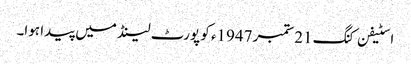
اسٹیفن کنگ 21ستمبر 1947ء کو پورٹ لینڈ میں پیدا ہوا۔